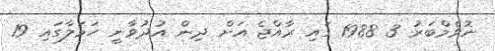
ނޮވެމްބަރު 3 1988 ގައި ރާއްޖެ އަށް ދިން އުދުވާނީ ހަމަލާގައި 19